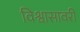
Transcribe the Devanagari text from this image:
विश्वासावरी